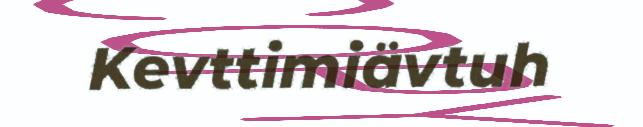
Kevttimiävtuh